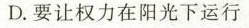
D.要让权力在阳光下运行